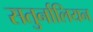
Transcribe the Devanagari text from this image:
सतुर्नालियन